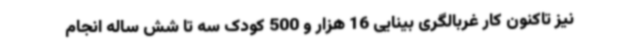
نیز تاکنون کار غربالگری بینایی 16 هزار و 500 کودک سه تا شش ساله انجام